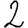
Digit: 2